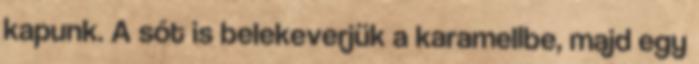
kapunk. A sót is belekeverjük a karamellbe, majd egy